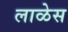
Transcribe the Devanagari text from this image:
लाळेस